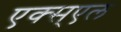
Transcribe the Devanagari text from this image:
एक्स्एल